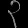
Digit: ၃